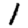
Digit: 1